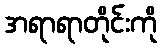
အရာရာတိုင်းကို